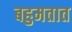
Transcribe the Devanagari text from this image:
बहुमतात